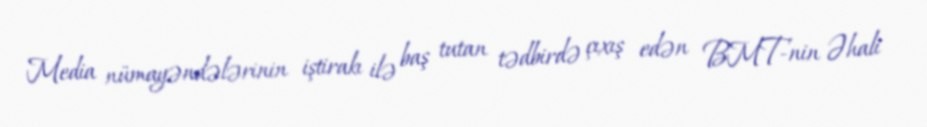
Media nümayəndələrinin iştirakı ilə baş tutan tədbirdə çıxış edən BMT-nin Əhali